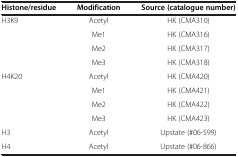
<table><thead><tr><td><b>Histone/residue</b></td><td><b>Modification</b></td><td><b>Source (catalogue number)</b></td></tr></thead><tbody><tr><td>H3K9</td><td>Acetyl</td><td>HK (CMA310)</td></tr><tr><td> </td><td>Me1</td><td>HK (CMA316)</td></tr><tr><td> </td><td>Me2</td><td>HK (CMA317)</td></tr><tr><td> </td><td>Me3</td><td>HK (CMA318)</td></tr><tr><td>H4K20</td><td>Acetyl</td><td>HK (CMA420)</td></tr><tr><td> </td><td>Me1</td><td>HK (CMA421)</td></tr><tr><td> </td><td>Me2</td><td>HK (CMA422)</td></tr><tr><td> </td><td>Me3</td><td>HK (CMA423)</td></tr><tr><td>H3</td><td>Acetyl</td><td>Upstate (#06-599)</td></tr><tr><td>H4</td><td>Acetyl</td><td>Upstate (#06-866)</td></tr></tbody></table>